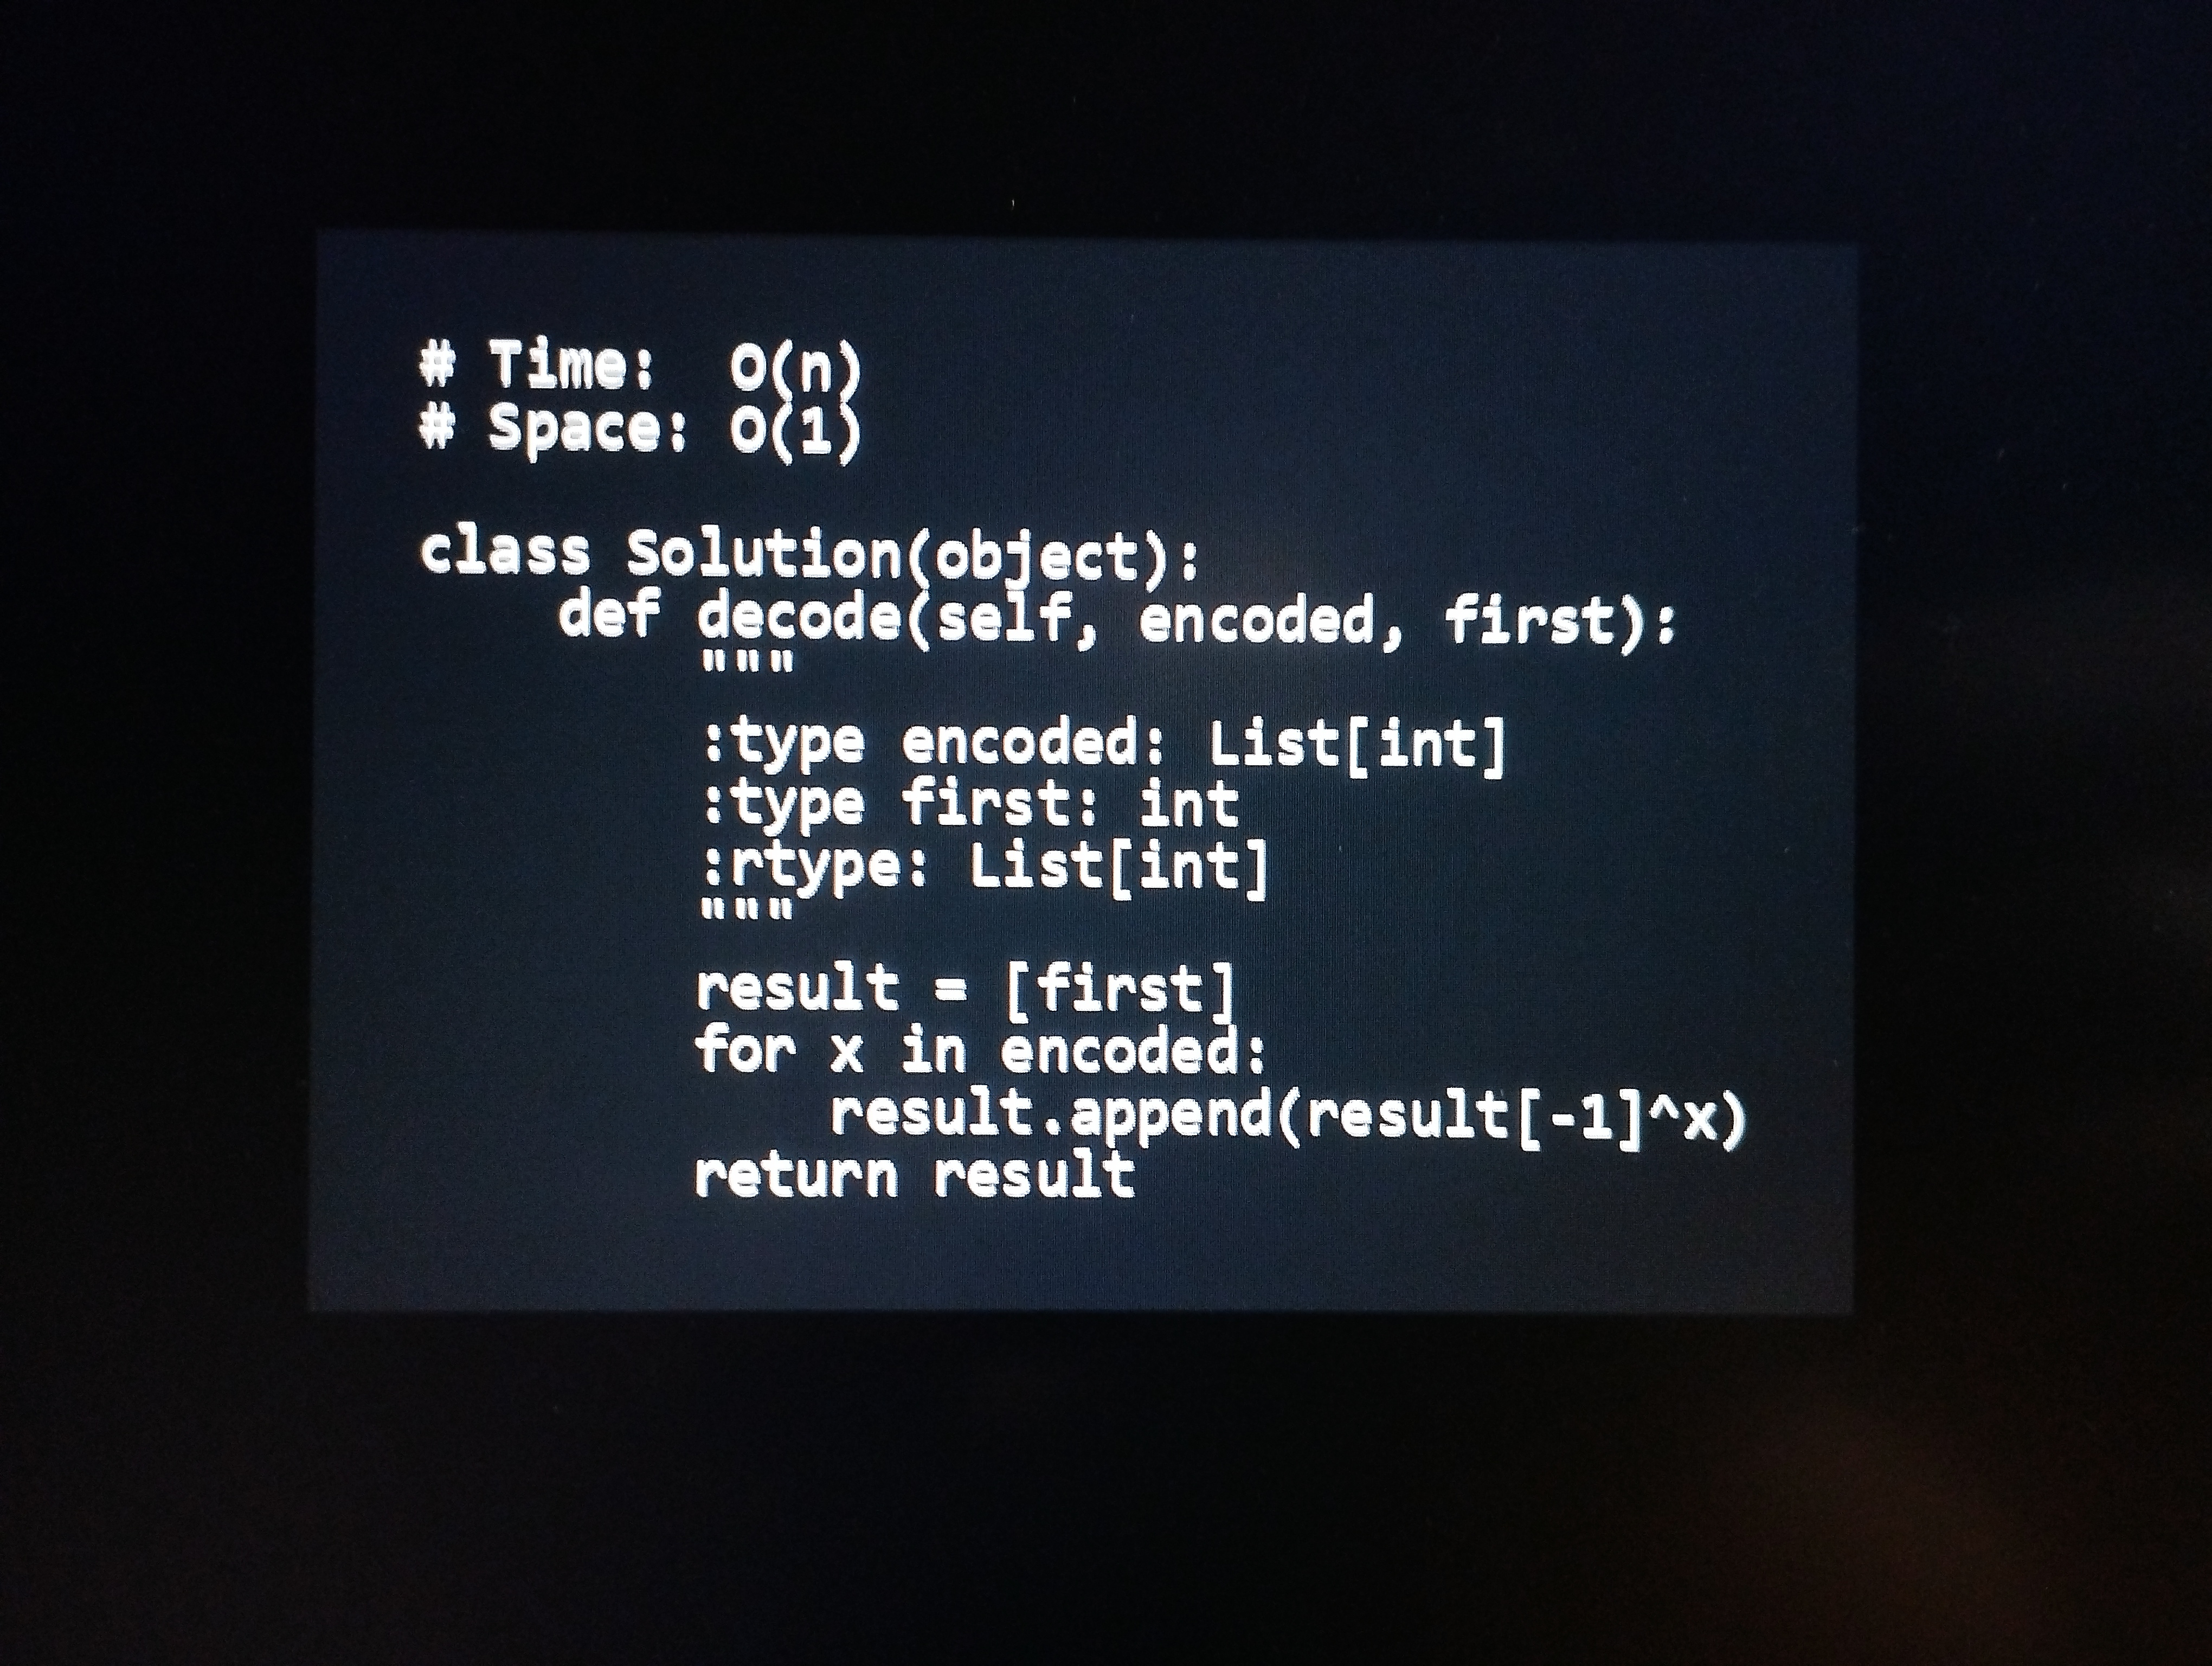
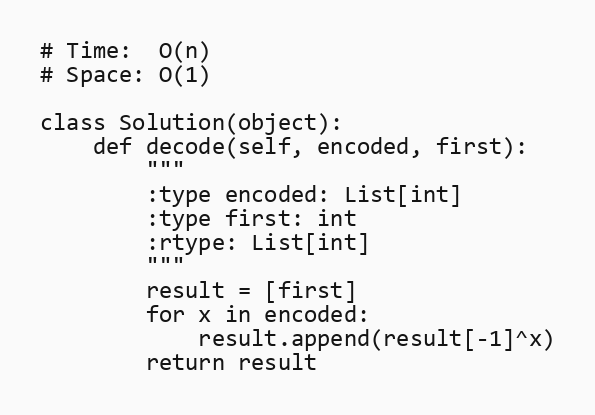
# Time:  O(n)
# Space: O(1)

class Solution(object):
    def decode(self, encoded, first):
        """
        :type encoded: List[int]
        :type first: int
        :rtype: List[int]
        """
        result = [first]
        for x in encoded:
            result.append(result[-1]^x)
        return result